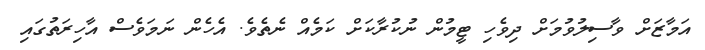
އަމާޒަށް ވާސިލުވުމަށް ދިވެހި ޓީމުން ނުކުރާކަށް ކަމެއް ނެތެވެ. އެހެން ނަމަވެސް އާހިރަތުގައި